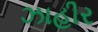
ઝાહીર